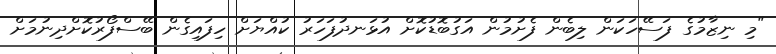
"މި ނިޒާމުގެ ފަސޭހަކަން ލިބެން ފެށުމުން އަގުބޮޑުކޮށް އުޅަނދުފަހަރު ކުއްޔަށް ހިފައިގެން ބޭސްފޯރުކޮށްދިނުމަށް